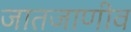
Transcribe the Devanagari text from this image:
जातजाणीव